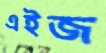
এইজ